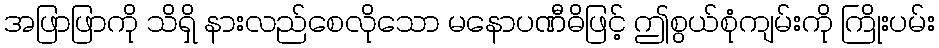
အဖြာဖြာကို သိရှိ နားလည်စေလိုသော မနောပဏီဓိဖြင့် ဤစွယ်စုံကျမ်းကို ကြိုးပမ်း